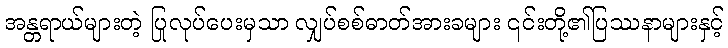
အန္တရာယ်များတဲ့ ပြုလုပ်ပေးမှသာ လျှပ်စစ်ဓာတ်အားခများ ၎င်းတို့၏ပြဿနာများနှင့်